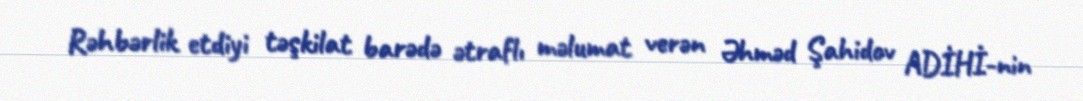
Rəhbərlik etdiyi təşkilat barədə ətraflı məlumat verən Əhməd Şahidov ADİHİ-nin